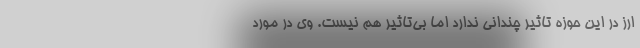
ارز در این حوزه تاثیر چندانی ندارد اما بی‌تاثیر هم نیست. وی در مورد